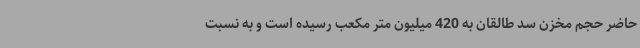
حاضر حجم مخزن سد طالقان به 420 میلیون متر مکعب رسیده است و به نسبت